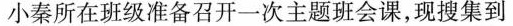
小秦所在班级准备召开一次主题班会课,现搜集到